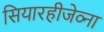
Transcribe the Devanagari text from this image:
सियारहीजेव्ना